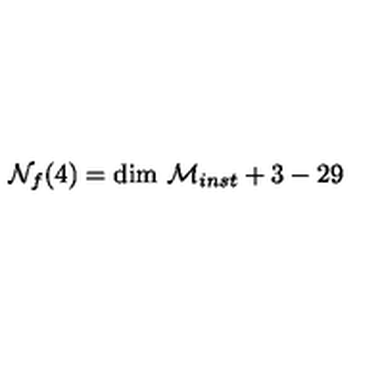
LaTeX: { \cal N } _ { f } ( 4 ) = \mathrm { d i m } \ { \cal M } _ { i n s t } + 3 - 2 9